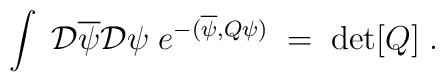
\int \; {\cal D } \overline{\psi} {\cal D } \psi \;e^{-(\overline{\psi}, Q \psi)} \; = \; \mbox{det}[Q] \; .